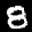
Label: 8